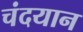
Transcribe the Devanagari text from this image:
चंदयान